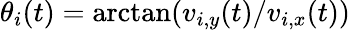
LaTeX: \theta_{i}(t)=\arctan(v_{i,y}(t)/v_{i,x}(t))